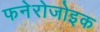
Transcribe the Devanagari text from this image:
फनेरोजोइक